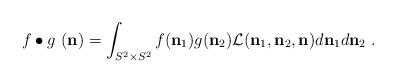
LaTeX: \begin{align*}f\bullet g \ (\mathbf{n})=\int_{S^{2}\times S^{2}}f(\mathbf{n}_{1})g(\mathbf{n}_{2}) \mathcal{L}(\mathbf{n}_{1}, \mathbf{n}_{2}, \mathbf{n})d\mathbf{n}_{1}d\mathbf{n}_{2} \ .\end{align*}